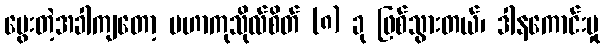
မွေးတဲ့အခါကျတော့ မဟာကုသိုလ်စိတ် (၈) ခု ဖြစ်သွားတယ်၊ ဒါနကောင်းမှု